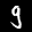
Label: 9